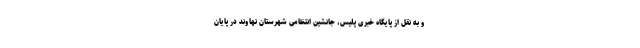
و به نقل از پایگاه خبری پلیس، جانشین انتظامی شهرستان نهاوند در پایان